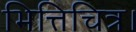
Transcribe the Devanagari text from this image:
भित्तिचित्र।